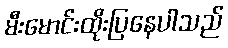
မီးမောင်းထိုးပြနေပါသည်